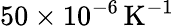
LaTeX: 50\times 10^{-6}\, \mathrm{K}^{-1}